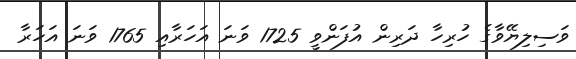
ވަސިލިޔޭވާގެ ހުރިހާ ދަރިން އުފަންވީ 1725 ވަނަ އަހަރާއި 1765 ވަނަ އަހަރާ